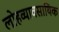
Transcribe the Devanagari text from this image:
लोहव्यावसायिक